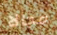
مجالا